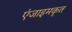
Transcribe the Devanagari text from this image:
एंजाइमकृत